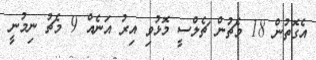
އެގޮތުން 18 މެޗުން ޗެލްސީ މޮޅުވި އިރު އަނެއް 9 މެޗު ނިމުނީ